system: You are a helpful assistant.
user:
Analyze the provided spectrum to determine if it is a **M-type Giant (gM)**.

A M-type Giant spectrum is defined by its **strong molecular absorption** features, particularly from **Titanium Oxide (TiO)**. You must check for one of the following mutually exclusive signatures:

- **Key Visual Indicators (Absorption-Dominated Spectrum):**

    - **(Primary):** The spectrum is dominated by strong molecular absorption from **Titanium Oxide (TiO)**. This is the **defining feature** of its M-type temperature class.
        - **(Key Bandheads):** Look for sharp, "saw-tooth" absorption valleys. The strongest are located near **~7050 Å**, **~6160 Å**, and **~5170 Å**.
        - **(Line Profile):** The "saw-tooth" morphology is critical: a **sharp, steep drop on the BLUE (short-wavelength) side** of the bandhead, followed by a gradual recovery (rising flux) towards the RED (long-wavelength) side.

    - **(Key Confirmation - Giant vs. Dwarf):** **ABSENCE** of strong **Calcium Hydride (CaH)** molecular bands. This is the primary diagnostic for *excluding* M-dwarfs.
        - **(Key Region):** The spectrum should lack the strong, broad absorption band seen in dwarfs between **~6800 Å and ~7000 Å**.

    - **(Secondary Confirmation - Giant):** A very strong and broad **Neutral Calcium (Ca I)** atomic absorption line.
        - **(Key Line):** Located at **~4226 Å**. In a giant (gM), this line is significantly deeper and broader than the same line in an M-dwarf (dM) due to low surface gravity.

    - **(Overall Spectrum):**
        - The continuum is **extremely red-sloping** (i.e., flux is very low in the blue and rises dramatically towards the red).
        - The entire spectrum appears "chopped up" by the deep TiO bands.

Think first, call **spectral_visualization_tool** if needed to examine features in detail, then provide your final answer. Your response must adhere to the following strict rules:
1.  **Overall Structure:** Your response must follow the format `<think>...</think> <tool_call>...</tool_call> (if a tool is used) <answer>...</answer>`.
2.  **Tool Usage Constraint:** You may only make **one** tool call per turn.
3.  **Final Answer Format:** In the `<answer>` tag, your conclusion must be inside a `\boxed{}` command (e.g., `\boxed{YES}` or `\boxed{NO}`), followed by your justification.

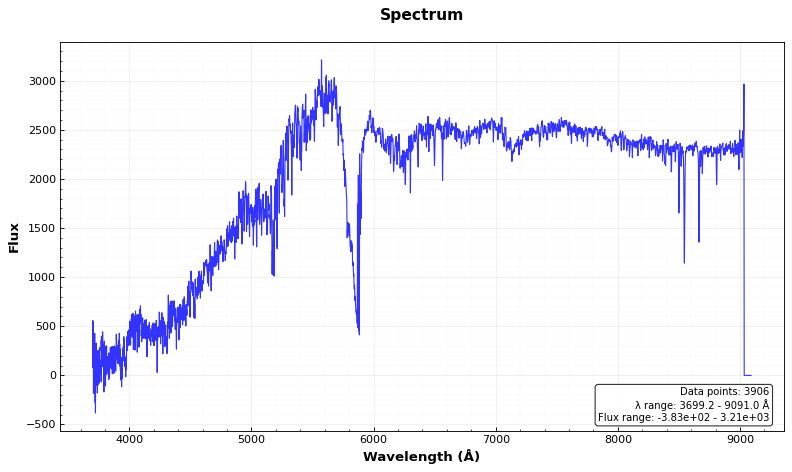
Answer: YES